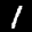
Label: 1